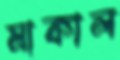
মাকাল